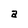
Character: a